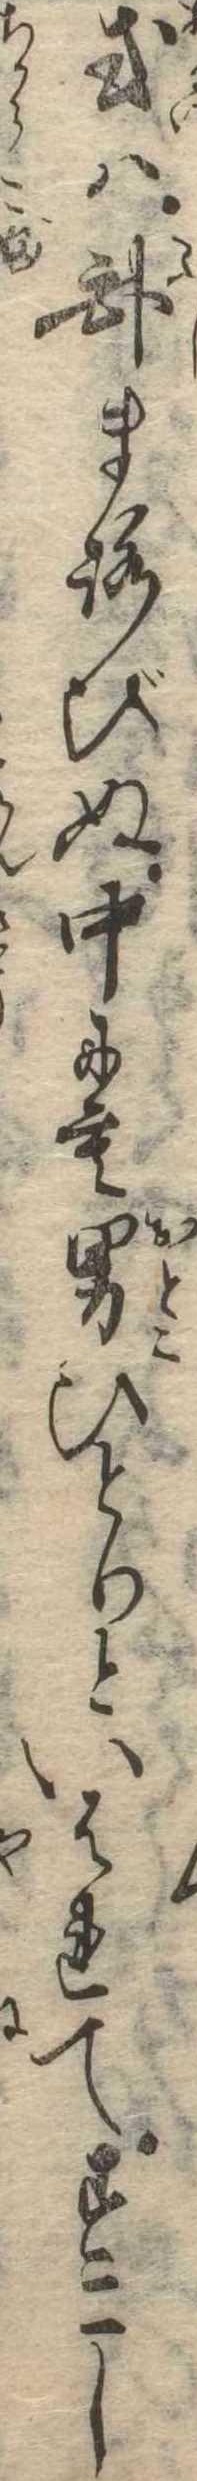
或は臥まろびぬ中にも男ひとりといはれてすこし